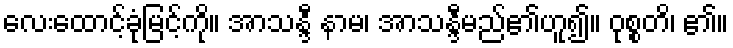
လေးထောင့်ခုံမြင့်ကို။ အာသန္ဒီ နာမ၊ အာသန္ဒီမည်၏ဟူ၍။ ဝုစ္စတိ၊ ၏။